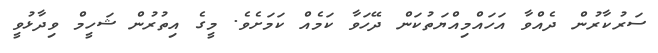
ސަރުކާރުން ދެއްވާ އަހައްމިއްޔަތުކަން ދޭހަވާ ކަމެއް ކަމަށެވެ. މީގެ އިތުރުން ޝަހީމް ވިދާޅުވީ